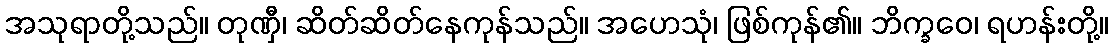
အသုရာတို့သည်။ တုဏှီ၊ ဆိတ်ဆိတ်နေကုန်သည်။ အဟေသုံ၊ ဖြစ်ကုန်၏။ ဘိက္ခဝေ၊ ရဟန်းတို့။